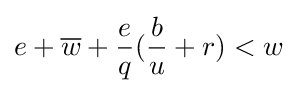
e+{\overline {w}}+{\frac {e}{q}}({\frac {b}{u}}+r)<w\;